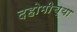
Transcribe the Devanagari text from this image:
दहोमीच्या